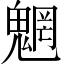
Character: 魍